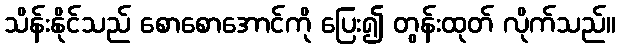
သိန်းနိုင်သည် စောစောအောင်ကို ပြေး၍ တွန်းထုတ် လိုက်သည်။